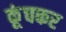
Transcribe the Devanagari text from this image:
कूंचकर